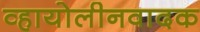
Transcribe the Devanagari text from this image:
व्हायोलीनवादक